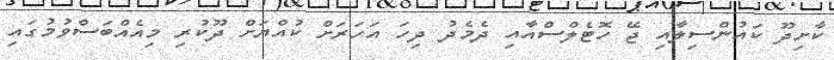
ކާށިދޫ ކައުންސިލާއި ޖޭ ހޮޓެލްސްއާއި ދެމެދު ދިހަ އަހަރަށް ކުއްޔަށް ދޫކުރި މިއެއްބަސްވުމުގައި